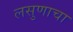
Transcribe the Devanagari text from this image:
लसुणाचा